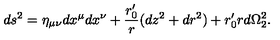
d s ^ { 2 } = \eta _ { \mu \nu } d x ^ { \mu } d x ^ { \nu } + \frac { r _ { 0 } ^ { \prime } } { r } ( d z ^ { 2 } + d r ^ { 2 } ) + r _ { 0 } ^ { \prime } r d \Omega _ { 2 } ^ { 2 } .